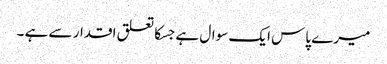
میرے پاس ایک سوال ہے جسکا تعلق اقدار سے ہے ۔